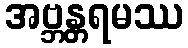
အဗ္ဘန္တရမဿ